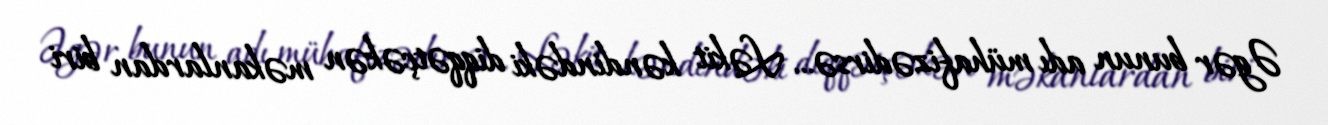
Əgər bunun adı mühafizədirsə... Ləkit kəndindəki diqqətçəkən məkanlardan biri